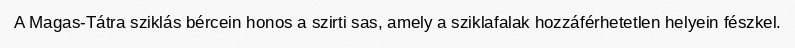
A Magas-Tátra sziklás bércein honos a szirti sas, amely a sziklafalak hozzáférhetetlen helyein fészkel.